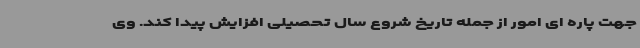
جهت پاره ای امور از جمله تاریخ شروع سال تحصیلی افزایش پیدا کند. وی